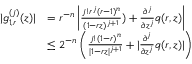
\begin{array} { r l } { | g _ { 1 , r } ^ { ( j ) } ( z ) | } & { = r ^ { - n } \left| \frac { j ! r ^ { j } ( r - 1 ) ^ { n } } { ( 1 - r z ) ^ { j + 1 } } ) + \frac { \partial ^ { j } } { \partial z ^ { j } } q ( r , z ) \right| } \\ & { \le 2 ^ { - n } \left( \frac { j ! ( 1 - r ) ^ { n } } { | 1 - r z | ^ { j + 1 } } + | \frac { \partial ^ { j } } { \partial z ^ { j } } q ( r , z ) | \right) } \end{array}